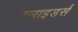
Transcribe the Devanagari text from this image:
ग्लाइडर्स